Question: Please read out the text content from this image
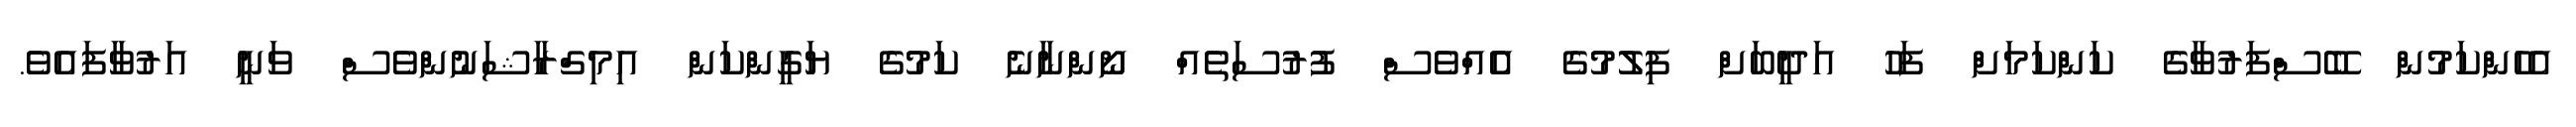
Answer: އެހެންކަމުން ބޭސްފަރުވާގެ ކަންކަމަށް ފަހު އަދީބަށް ފިލުމުގެ އެެއްވެސް ފުރުސަތެއް ނޯންނާނެ ކަމުގެ ޔަގީންކަން އިމިގްރާޝަނުންވެސް ވަނީ އަރުވާފައެވެ.